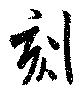
刻